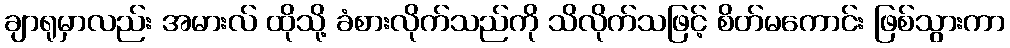
ချာရုမှာလည်း အမားလ် ထိုသို့ ခံစားလိုက်သည်ကို သိလိုက်သဖြင့် စိတ်မကောင်း ဖြစ်သွားကာ